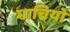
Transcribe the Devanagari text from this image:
माचियो